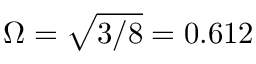
\Omega = \sqrt { 3 / 8 } = 0 . 6 1 2